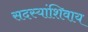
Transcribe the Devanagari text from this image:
सदस्यांशिवाय